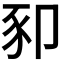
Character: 𰶥